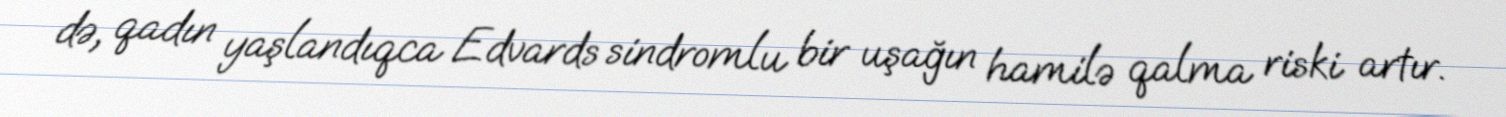
də, qadın yaşlandıqca Edvards sindromlu bir uşağın hamilə qalma riski artır.